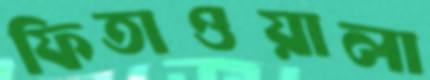
ফিতাওয়ালা